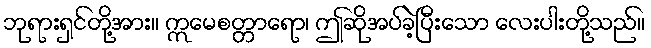
ဘုရားရှင်တို့အား။ ဣမေစတ္တာရော၊ ဤဆိုအပ်ခဲ့ပြီးသော လေးပါးတို့သည်။